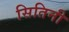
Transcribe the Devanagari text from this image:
सितिनी